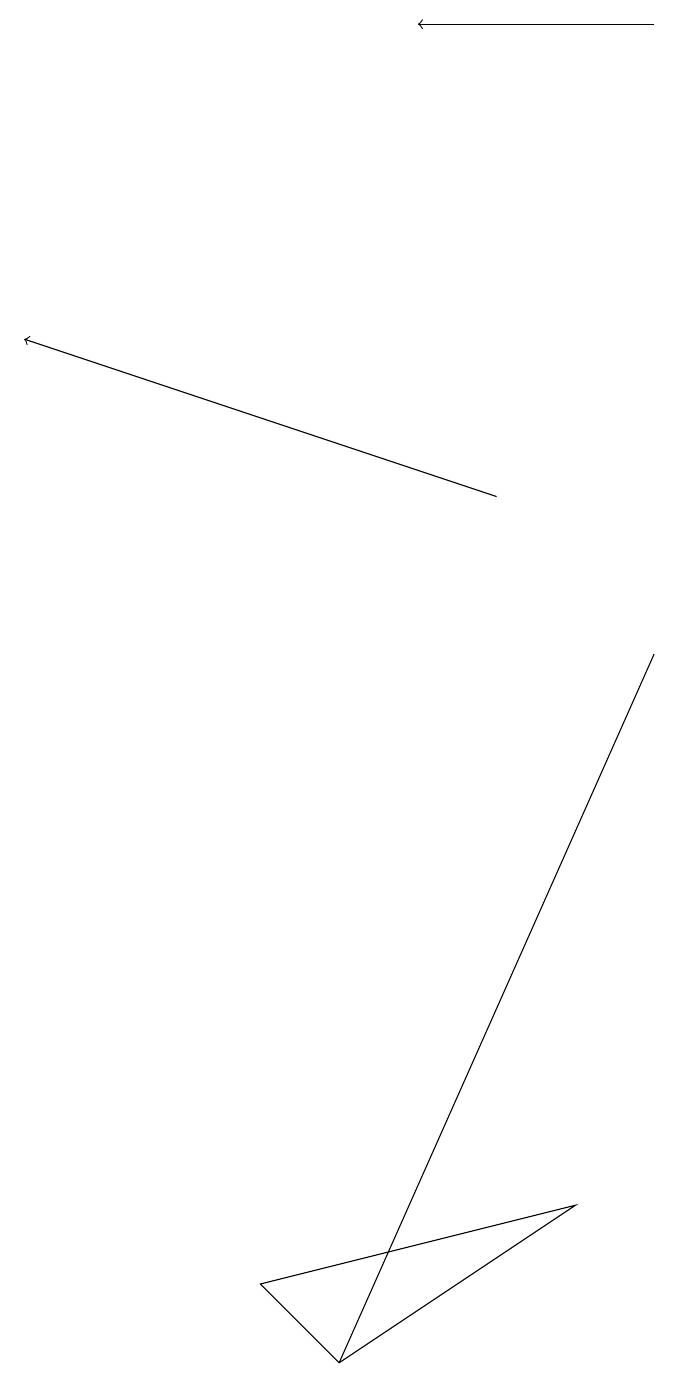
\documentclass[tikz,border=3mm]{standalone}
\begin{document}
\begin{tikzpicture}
\draw (8,9) -- (4,0) -- (8,9) -- cycle;
\draw[->] (8,17) -- (5,17);
\draw (3,1) -- (4,0) -- (7,2) -- cycle;
\draw[->] (6,11) -- (0,13);
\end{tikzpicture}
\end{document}